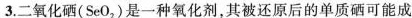
3.二氧化硒（SeO_{2}）是一种氧化剂，其被还原后的单质硒可能成